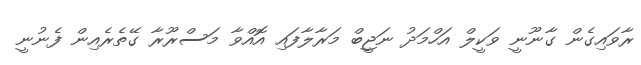
ރާވައިގެން ގާނޫނީ ވަކީލް އަހްމަދު ނަޖީބް މަރާލާފައި އޮއްވާ މަސްރޫރާ ގޭތެރެއިން ފެނުނީ